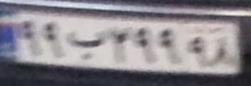
۹۹ب۲۹۹۹۸